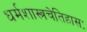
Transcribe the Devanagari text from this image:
धर्मशास्त्रचेतिहासः